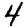
Digit: 4